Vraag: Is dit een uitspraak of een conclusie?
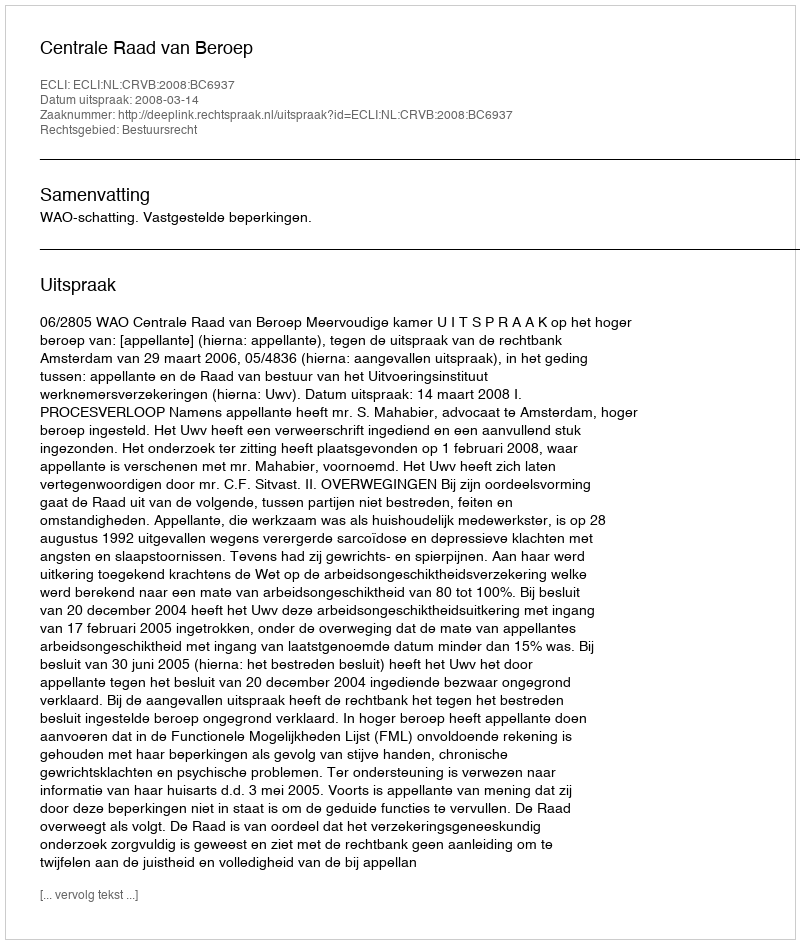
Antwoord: Uitspraak